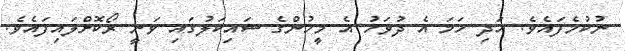
ނުކުމެފައެވެ. އަދި ހަމަ އެ ދުވަހު އެ މީހުންގެ ސައިކަލުގައި ވަނީ ރޯކޮށްލައިފައެވެ.